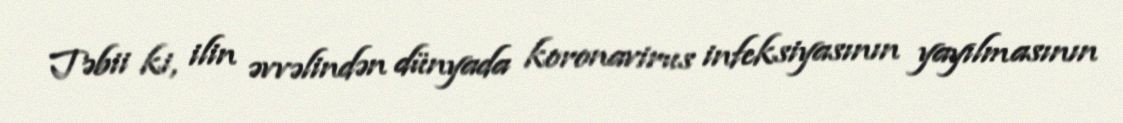
Təbii ki, ilin əvvəlindən dünyada koronavirus infeksiyasının yayılmasının